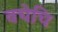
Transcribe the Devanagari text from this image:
वचेचि